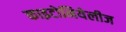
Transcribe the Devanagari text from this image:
काइटोनियेलीज